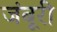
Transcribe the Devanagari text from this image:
जंबूरी